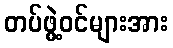
တပ်ဖွဲ့ဝင်များအား